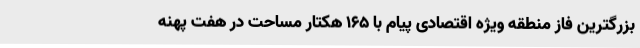
بزرگترین فاز منطقه ویژه اقتصادی پیام با 165 هکتار مساحت در هفت پهنه